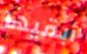
أبقيها